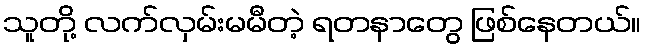
သူတို့ လက်လှမ်းမမီတဲ့ ရတနာတွေ ဖြစ်နေတယ်။